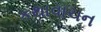
કથાવાચન